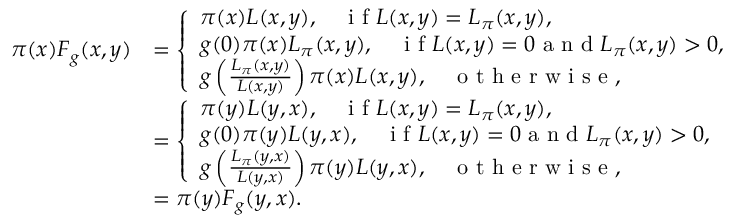
\begin{array} { r l } { \pi ( x ) F _ { g } ( x , y ) } & { = \left\{ \begin{array} { l l } { \pi ( x ) L ( x , y ) , \quad \textrm { i f } L ( x , y ) = L _ { \pi } ( x , y ) , } \\ { g ( 0 ) \pi ( x ) L _ { \pi } ( x , y ) , \quad \textrm { i f } L ( x , y ) = 0 \textrm { a n d } L _ { \pi } ( x , y ) > 0 , } \\ { g \left( \frac { L _ { \pi } ( x , y ) } { L ( x , y ) } \right) \pi ( x ) L ( x , y ) , \quad \textrm { o t h e r w i s e } , } \end{array} \right. } \\ & { = \left\{ \begin{array} { l l } { \pi ( y ) L ( y , x ) , \quad \textrm { i f } L ( x , y ) = L _ { \pi } ( x , y ) , } \\ { g ( 0 ) \pi ( y ) L ( y , x ) , \quad \textrm { i f } L ( x , y ) = 0 \textrm { a n d } L _ { \pi } ( x , y ) > 0 , } \\ { g \left( \frac { L _ { \pi } ( y , x ) } { L ( y , x ) } \right) \pi ( y ) L ( y , x ) , \quad \textrm { o t h e r w i s e } , } \end{array} \right. } \\ & { = \pi ( y ) F _ { g } ( y , x ) . } \end{array}